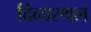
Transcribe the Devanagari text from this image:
दिव्यस्थल